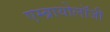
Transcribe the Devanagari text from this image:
एम्ब्रायोलाॅजी